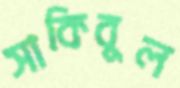
সাকিবুল